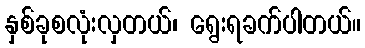
နှစ်ခုစလုံးလှတယ်၊ ရွေးရခက်ပါတယ်။